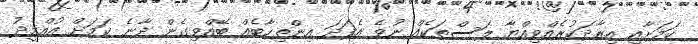
ކަމަށާއި އިރާދަކުރެއްވިއްޔާ ލަސްތަކެއް ނުވެ އެފަދަ އިންތިޚާބެއް ބޭއްވިގެން ދާނެ ކަމަށް އުއްމީދު